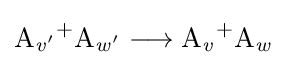
{\mathrm {A} {\vphantom {A}}_{\smash[{t}]{\mathit {v'}}}{\vphantom {A}}^{+}\mathrm {A} {\vphantom {A}}_{\smash[{t}]{\mathit {w'}}}{}\mathrel {\longrightarrow } {}\mathrm {A} {\vphantom {A}}_{\smash[{t}]{\mathit {v}}}{\vphantom {A}}^{+}\mathrm {A} {\vphantom {A}}_{\smash[{t}]{\mathit {w}}}}